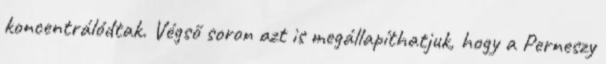
koncentrálódtak. Végső soron azt is megállapíthatjuk, hogy a Perneszy